Lunatic asylums Madras 1877-1891 - 1877-1891
Year: 1877
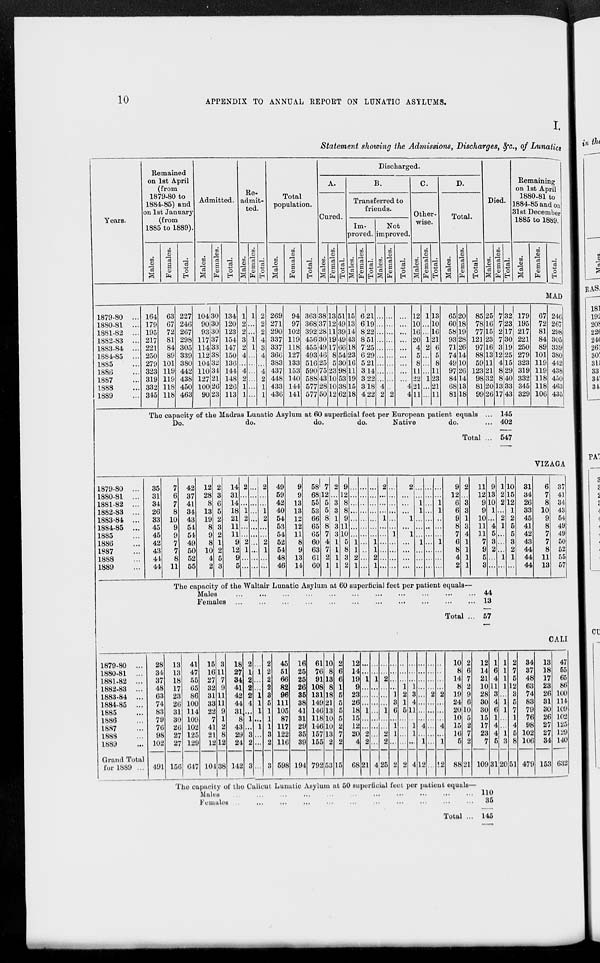
10
APPENDIX TO ANNUAL REPORT ON LUNATIC ASYLUMS.
I.
Statement showing the Admissions, Discharges, &c., of Lunatics
Years.
Remained
on 1st April
(from
1879-80 to
1884-85) and
on 1st January
(from
1885 to 1889).
Males.
Females.
Total.
Admitted.
Males.
Females.
Total.
Re-
admit-
ted.
Males.
Females.
Total.
Total
population.
Males.
Females.
Total.
Discharged.
A.
Cured.
Males.
Females.
Total.
B.
Transferred to
friends.
Im-
proved.
Males.
Females.
Total.
Not
improved.
Males.
Females.
Total.
C.
Other-
wise.
Males.
Females.
Total.
D.
Total.
Males.
Females.
Total.
Died.
Males.
Females.
Total.
Remaining
on 1st April
1880-81 to
1884-85 and on
31st December
1885 to 1889.
Males.
Females.
Total.
MAD
1879-80 ...
1880-81 ...
1881-82 ...
1882-83 ...
1883-84 ...
1884-85 ...
1885 ...
1886 ...
1887 ...
1888 ...
1889 ...
164
179
195
217
221
250
279
323
319
332
345
63
67
72
81
84
89
101
119
119
118
118
227
246
267
298
305
339
380
442
438
450
463
104
90
93
117
114
112
104
110
127
100
90
30
30
30
37
33
38
32
34
21
26
23
134
120
123
154
147
150
136
144
148
126
113
1
2
2
3
2
4
...
4
2
1
1
1
...
...
1
1
...
...
...
...
...
...
2
2
2
4
3
4
...
4
2
1
1
269
271
290
337
337
366
383
437
448
433
436
94
97
102
119
118
127
133
153
140
144
141
363
368
392
456
455
493
516
590
588
577
577
38
37
28
30
49
46
25
75
43
28
50
13
12
11
19
17
8
5
23
10
10
12
51
49
39
49
66
54
30
98
53
38
62
15
13
14
43
18
23
16
11
19
15
18
6
6
8
8
7
6
5
3
3
3
4
21
19
22
51
25
29
21
14
22
18
22
...
...
...
...
...
...
...
...
...
4
2
...
...
...
...
...
...
...
...
...
...
2
...
...
...
...
...
...
...
...
...
4
4
12
10
16
20
4
5
8
11
22
21
11
1
...
...
1
2
...
...
...
1
...
...
13
10
16
21
6
5
8
11
23
21
11
65
60
58
93
71
74
49
97
84
68
81
20
18
19
28
26
14
10
26
14
13
18
85
78
77
121
97
88
59
123
98
81
99
25
16
15
23
16
13
11
21
32
20
26
The capacity of the Madras Lunatic Asylum at 60 superficial feet per European patient equals ...
Do.
do.
do.
do.
Native
do.
Total ...
7
7
2
7
3
12
4
8
8
13
17
32
23
17
30
19
25
15
29
40
33
43
179
195
217
221
250
279
323
319
332
345
329
67
72
81
84
89
101
119
119
118
118
106
246
267
298
305
339
380
442
438
450
463
435
145
402
547
VIZAGA
1879-80 ...
1880-81 ...
1881-82 ...
1882-83 ...
1883-84 ...
1884-85 ...
1885 ...
1886 ...
1987 ...
1888 ...
1889 ...
35
31
34
26
33
45
45
42
43
44
44
7
6
7
8
10
9
9
7
7
8
11
42
37
41
34
43
54
54
49
50
52
55
12
28
8
13
19
8
9
8
10
4
2
2
3
6
5
2
3
2
1
2
5
3
14
31
14
18
21
11
11
9
12
9
5
2
...
...
1
2
...
...
2
1
...
...
...
...
...
...
...
...
...
...
...
...
...
2
...
...
1
2
...
...
2
1
...
...
49
59
42
40
54
53
54
52
54
48
46
9
9
13
13
12
12
11
8
9
13
14
58
68
55
53
66
65
65
60
63
61
60
7
12
5
5
8
8
7
4
7
2
1
2
...
3
3
1
3
3
1
1
1
1
9
12
8
8
9
11
10
5
8
3
2
...
...
...
...
...
...
...
1
1
2
1
...
...
...
...
...
...
...
...
...
...
...
...
...
...
...
...
...
...
1
1
2
1
2
...
...
...
1
...
...
...
...
...
...
...
...
...
...
...
...
1
...
...
...
...
2
...
...
...
1
...
1
...
...
...
...
...
...
1
1
...
...
...
1
...
...
...
...
...
...
...
...
...
...
...
...
...
...
...
...
1
1
...
...
1
...
...
...
9
12
6
6
9
8
7
6
8
4
2
2
...
3
3
1
3
4
1
1
1
1
11
12
9
9
10
11
11
7
9
5
3
9
18
10
1
...
4
5
3
2
...
...
1
2
2
...
2
1
...
...
...
1
...
10
15
12
1
2
5
5
8
2
1
...
31
34
26
33
45
41
42
43
44
44
44
6
7
8
10
9
8
7
7
8
11
13
37
41
34
43
54
49
49
50
52
55
57
The capacity of the Waltair Lunatic Asylum at 60 superficial feet per patient equals—
Males ... ... ... ... ... ... ... ... ... ... ...
Females ... ... ... ... ... ... ... ... ... ... ...
Total ...
44
13
57
CALI
1879-80 ...
1880-81 ...
1881-82 ...
1882-83 ...
1883-84 ...
1884-85 ...
1885 ...
1886 ...
1887 ...
1888 ...
1889 ...
Grand Total
for 1889 ...
28
34
37
48
63
74
83
79
76
98
102
491
13
13
18
17
23
26
31
30
26
27
27
156
41
47
55
65
86
100
114
109
102
125
129
647
15
16
27
32
31
33
22
7
41
21
12
104
3
11
7
9
11
11
9
1
2
8
12
38
18
27
84
41
42
44
81
8
43
29
24
142
2
1
2
2
2
4
...
1
...
3
2
3
...
1
...
...
1
1
1
...
1
...
...
...
2
2
2
2
3
5
1
1
1
3
2
3
45
51
66
82
96
111
105
87
117
122
116
598
16
25
25
26
35
38
41
31
29
35
39
194
61
76
91
108
181
149
146
118
146
157
155
792
10
8
13
8
18
21
13
10
10
13
2
53
2
6
6
1
6
5
5
5
2
7
2
15
12
14
19
9
23
26
18
15
12
20
4
68
...
...
1
...
...
...
1
...
...
2
2
21
...
...
1
...
...
...
...
...
...
...
...
4
...
...
2
...
...
...
1
...
...
2
2
25
...
...
...
...
1
3
6
...
1
1
...
2
...
...
...
1
2
1
5
...
...
...
...
2
...
...
...
1
3
4
11
...
1
1
...
4
...
...
...
...
...
...
...
...
4
...
1
12
...
...
...
...
2
...
...
...
...
...
...
...
...
...
...
...
2
...
...
...
4
...
1
12
10
8
14
8
19
24
20
10
15
16
5
88
2
6
7
2
9
6
10
5
2
7
2
21
The capacity of the Calicut Lunatic Asylum at 50 superficial foot per patient equals—
Males
...
...
...
...
...
...
...
...
...
Females ... ... ... ... ... ... ... ... ... ... ...
Total ..
12
14
21
10
28
30
30
15
17
23
7
109
1
6
4
11
3
4
6
1
4
4
5
31
1
1
1
1
...
1
1
...
...
1
3
20
2
7
5
12
3
5
7
1
4
5
8
51
34
37
48
63
74
83
79
76
98
102
106
479
13
18
17
23
26
31
30
26
27
27
34
153
47
65
65
86
100
114
109
102
125
129
140
632
110
35
145